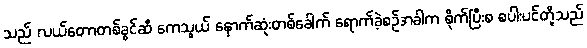
သည် လယ်တောတစ်ခွင်ဆီ ကေသွယ် နောက်ဆုံးတစ်ခေါက် ရောက်ခဲ့စဉ်အခါက စိုက်ပြီးစ စပါးပင်တို့သည်